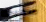
سحبته